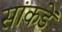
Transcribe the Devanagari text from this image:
सांकडें